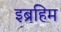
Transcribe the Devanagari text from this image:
इब्रहिम